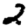
Digit: 2